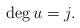
LaTeX: \begin{align*}\deg u&=j.\end{align*}